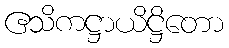
ဧသိကဋ္ဌာယိဋ္ဌိတော